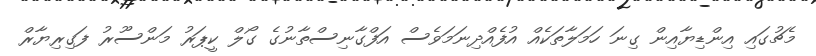
މެޗުގައި އިންޑިޔާއިން ގިނަ ހަމަލާތަކެއް އުފެއްދިނަމަވެސް އަފްގާނިސްތާނުގެ ގޯލް ކީޕަރު މަންސޫރު ފަގިރިޔާރް